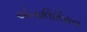
એનાલિસિસના